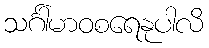
သင်္ဂါမာဝစရေနုပါလိ